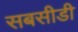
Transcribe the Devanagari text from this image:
सबसीडी